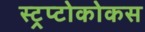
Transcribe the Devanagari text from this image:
स्ट्रप्टोकोकस